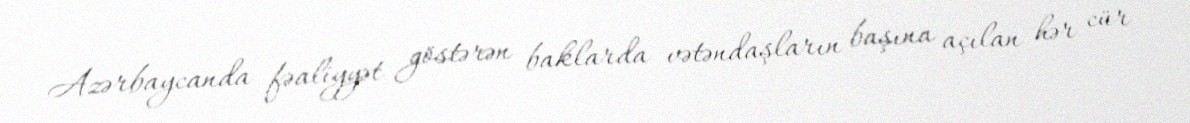
Azərbaycanda fəaliyyət göstərən baklarda vətəndaşların başına açılan hər cür